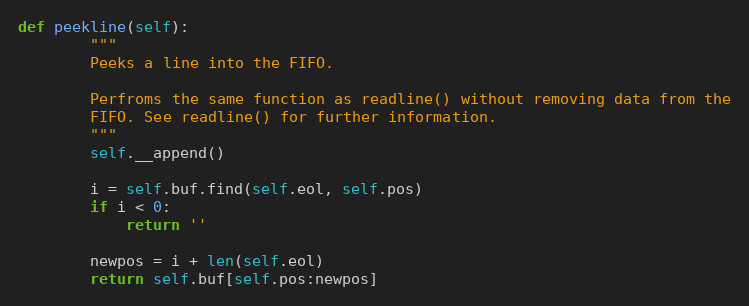
Language: Python
def peekline(self):
        """
        Peeks a line into the FIFO.

        Perfroms the same function as readline() without removing data from the
        FIFO. See readline() for further information.
        """
        self.__append()

        i = self.buf.find(self.eol, self.pos)
        if i < 0:
            return ''

        newpos = i + len(self.eol)
        return self.buf[self.pos:newpos]